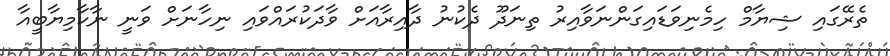
ތެރޭގައި ޝިޔާމް ހިމެނިވަޑައިގަންނަވާއިރު ތިނަދޫ ދެކުނު ދާއިރާއަށް ވާދަކުރައްވައި ނިހާނަށް ވަނީ ނާކާމިޔާބީއާ